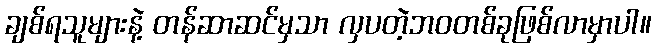
ချစ်ရသူများနဲ့ တန်ဆာဆင်မှသာ လှပတဲ့ဘဝတစ်ခုဖြစ်လာမှာပါ။